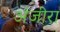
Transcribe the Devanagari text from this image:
अंजीरा